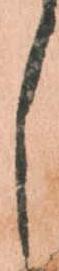
し